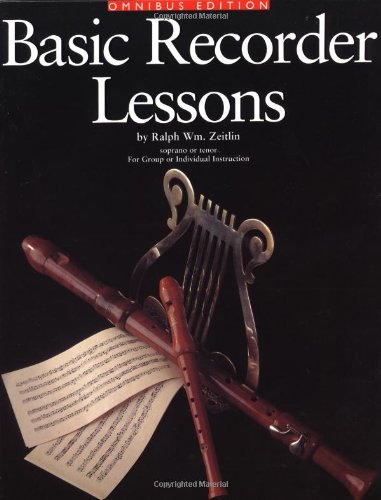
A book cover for Basic Recorder Lessons - Omnibus Edition: for Group or Individual Instruction; Ralph Wm. Zeitlin; Arts & Photography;